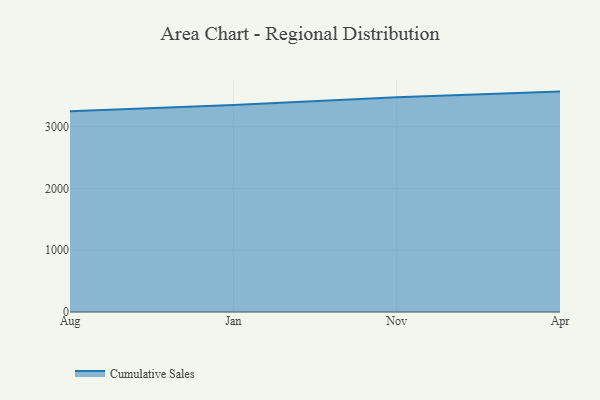
{"axis": {"x": "Month", "y": "Humidity (%)"}, "legend": ["Cumulative Sales"], "data": [{"x": "Aug", "y": 3249.2, "type": "Cumulative Sales"}, {"x": "Jan", "y": 3350.1, "type": "Cumulative Sales"}, {"x": "Nov", "y": 3476.4, "type": "Cumulative Sales"}, {"x": "Apr", "y": 3568.4, "type": "Cumulative Sales"}]}